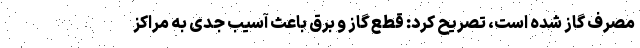
مصرف گاز شده است، تصریح کرد: قطع گاز و برق باعث آسیب جدی به مراکز